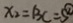
x _ { 2 } = B C = 5 \textcircled { 1 }